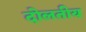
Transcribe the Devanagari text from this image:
दोलतीय